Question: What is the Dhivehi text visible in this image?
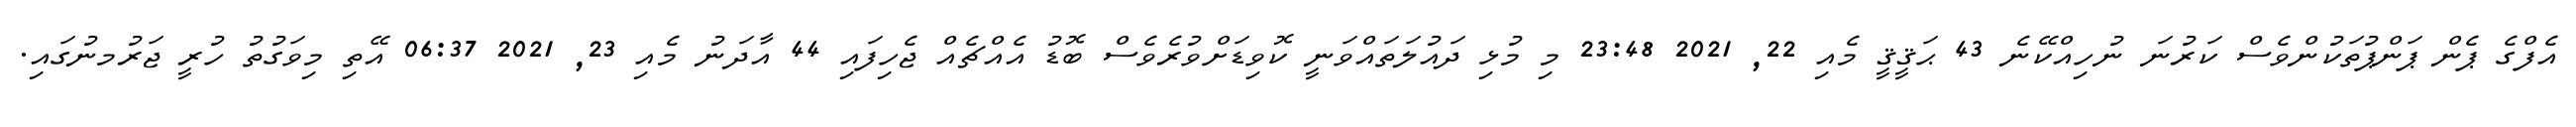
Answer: އެފްގެ ޕެން ޕަންޕުތަކުންވެސް ކަރުނަ ނުހިއްކޭނެ 43 ޙަޤީޤީ މެއި 22, 2021 23:48 މި މުޅި ދައުލަތައްވަނީ ކޮވިޑަށްވުރެވެސް ބޮޑު އެއްޗެއް ޖެހިފައި 44 އާދަނު މެއި 23, 2021 06:37 އޭތި މިވަގުތު ހުރީ ޖަރުމނުގައި.